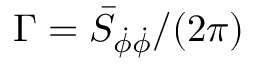
\Gamma = \bar { S } _ { \dot { \phi } \dot { \phi } } / ( 2 \pi )